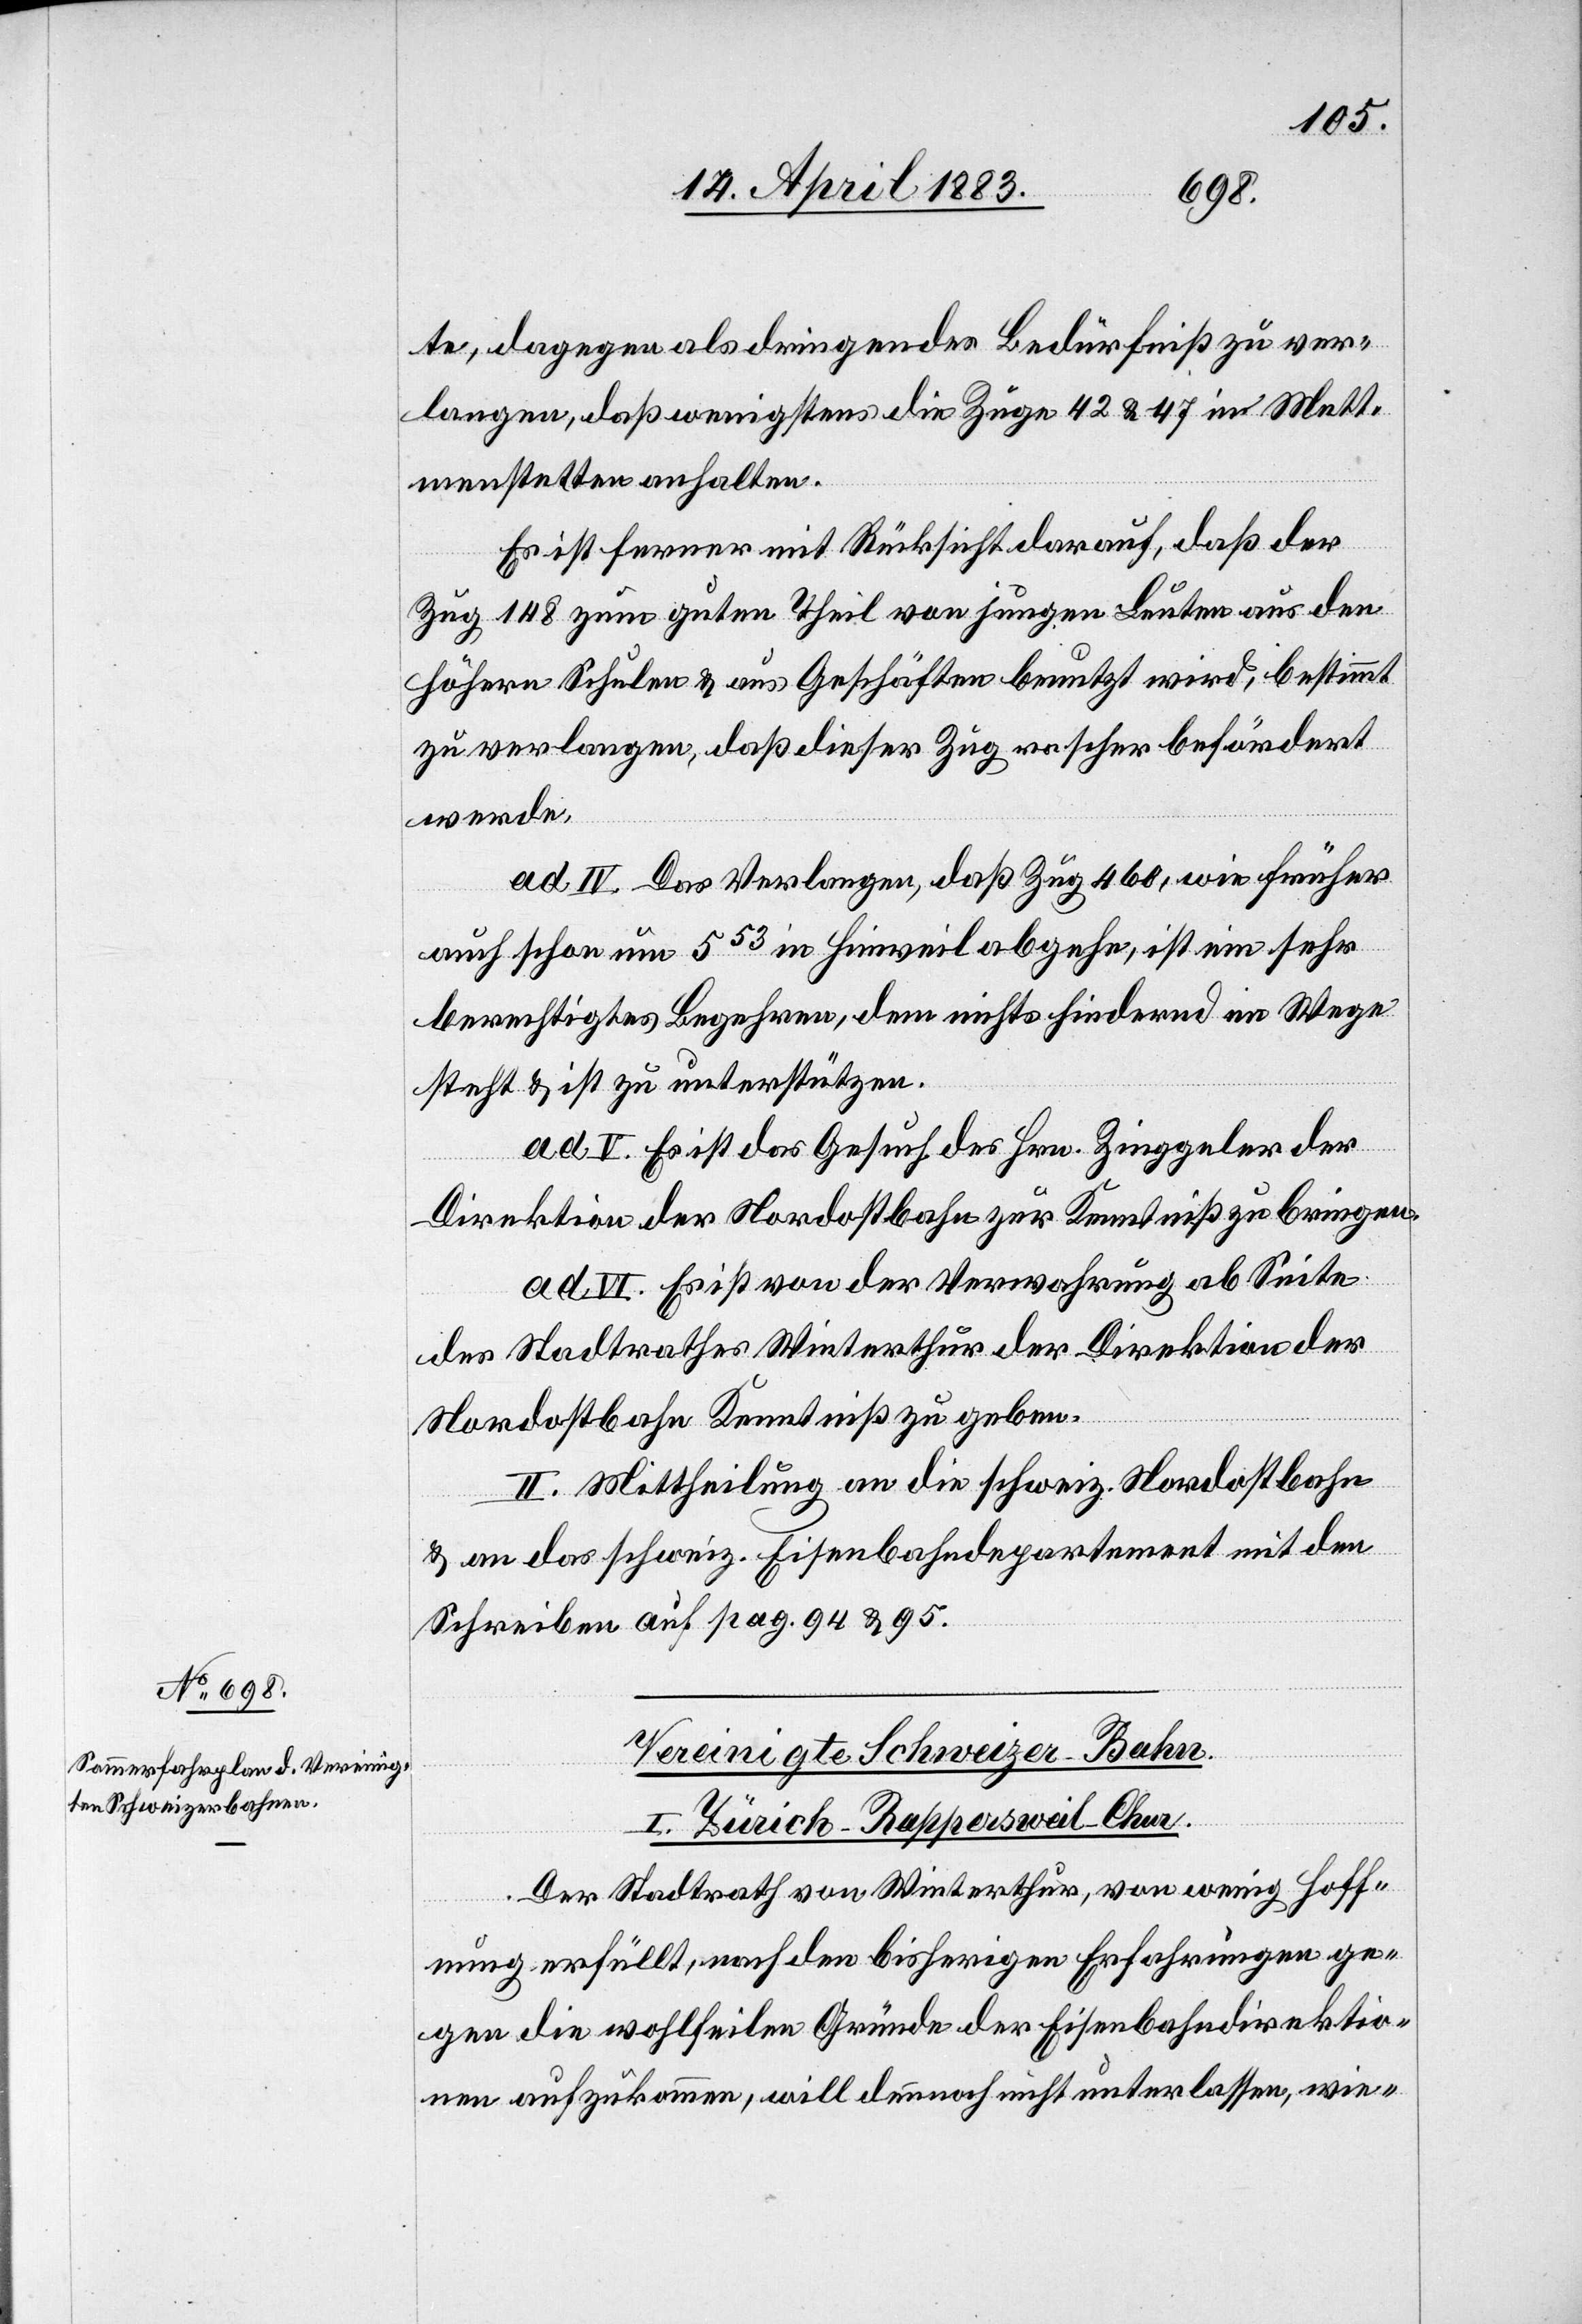
te, dagegen als dringendes Bedürfniß zu ver¬
langen, daß wenigstens die Züge 42 & 47 in Mett¬
menstetten anhalten.
Es ist ferner mit Rücksicht darauf, daß der
Zug 148 zum guten Theil von jungen Leuten aus den
höhern Schulen & aus Geschäften benutzt wird, bestimmt
zu verlangen, daß dieser Zug rascher befördert
werde.
ad IV. Das Verlangen, daß Zug 460, wie früher
auch schon um 553 in Hinweil abgehe, ist ein sehr
berechtigtes Begehren, dem nichts hindernd im Wege
steht & ist zu unterstützen.
ad V. Es ist das Gesuch des Hrn. Zinggeler der
Direktion der Nordostbahn zur Kenntniß zu bringen.
ad VI. Es ist von der Verwahrung ab Seite
des Stadtrathes Winterthur der Direktion der
Nordostbahn Kenntniß zu geben.
II. Mittheilung an die schweiz. Nordostbahn
& an das schweiz. Eisenbahndepartement mit dem
Schreiben auf pag. 94 & 95.
Vereinigte Schweizer-Bahn.
I. Zürich–Rapperswil–Chur.
Der Stadtrath von Winterthur, von wenig Hoff¬
nung erfüllt, nach den bisherigen Erfahrungen ge¬
gen die wohlfeilen Gründe der Eisenbahndirektio¬
nen aufzukommen, will dennoch nicht unterlassen, wie-